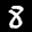
Label: 8